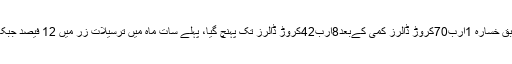
اسٹیٹ بینک کی رپورٹ کے مطابق خسارہ 1ارب70کروڑ ڈالرز کمی کےبعد8ارب42کروڑ ڈالرز تک پہنچ گیا، پہلے سات ماہ میں ترسیلات زر میں 12 فیصد جبکہ برآمدات میں 2 فیصد اضافہ ہوا۔